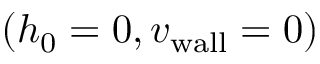
( h _ { 0 } = 0 , { v _ { \mathrm { w a l l } } } = 0 )